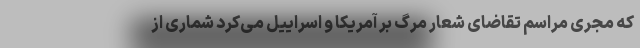
که مجری مراسم تقاضای شعار مرگ بر آمریکا و اسراییل می‌کرد شماری از